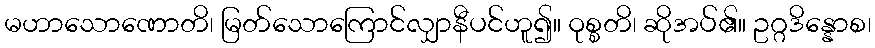
မဟာသောဏောတိ၊ မြတ်သောကြောင်လျှာနီပင်ဟူ၍။ ဝုစ္စတိ၊ ဆိုအပ်၏။ ဥဂ္ဂဒိန္နောစ၊